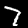
Label: 7